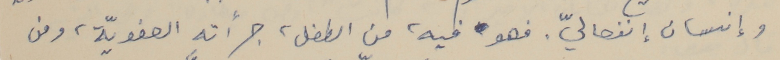
وإنسان إنفصاليّ. فهو فيه، من الطفل، جرأته العفويّة، ومن